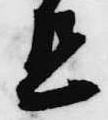
旦